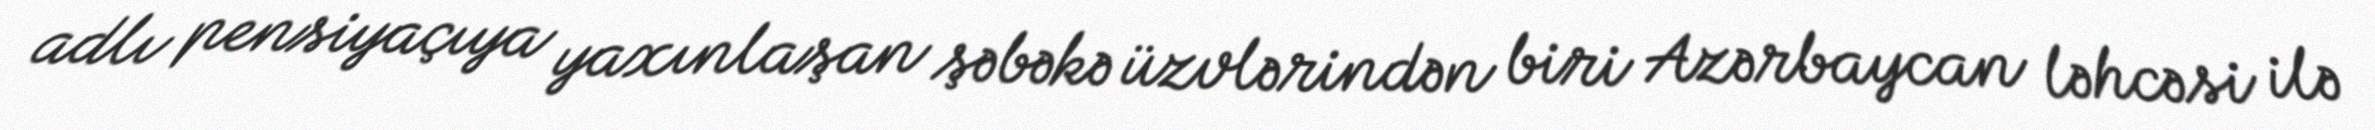
adlı pensiyaçıya yaxınlaşan şəbəkə üzvlərindən biri Azərbaycan ləhcəsi ilə